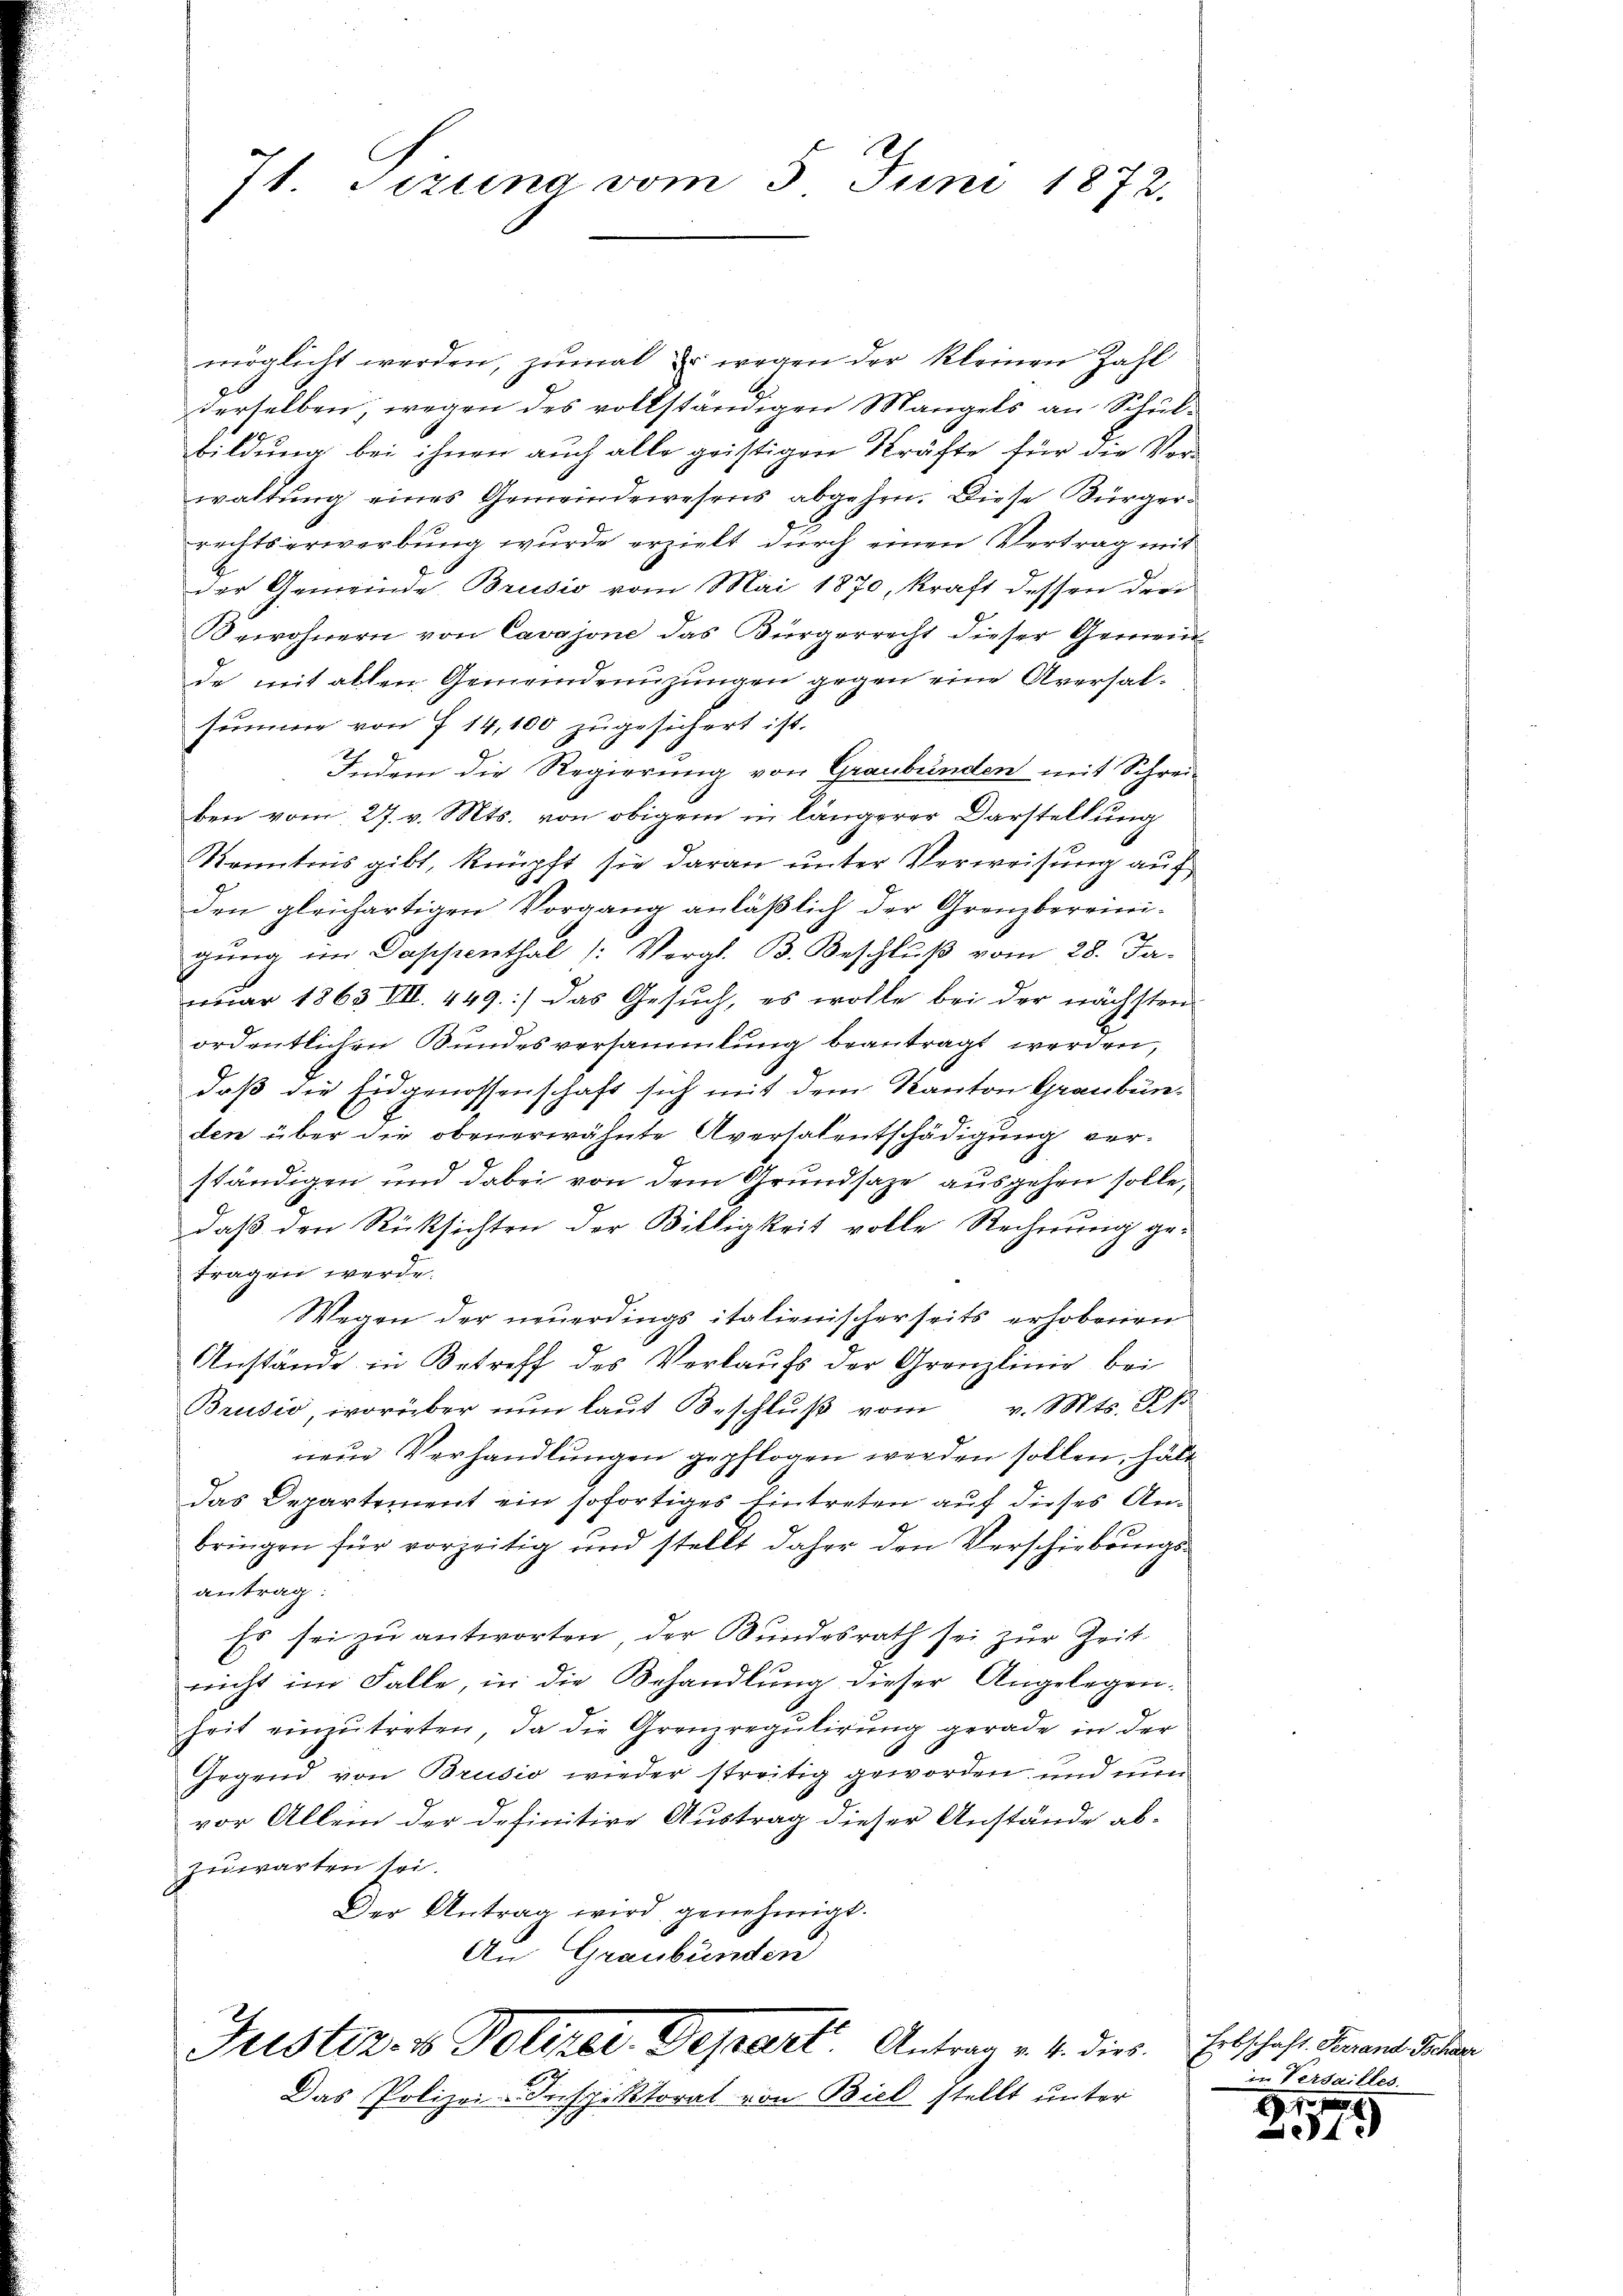
71. Sizung vom 3. Juni 1872.

möglicht werden, zumal er wegen der kleinen Zahl
derselben wegen des vollständigen Mangels an Schulbildung bei ihnen auch alle geistigen Kräfte für die Vorwaltung eines Gemeindewesens abgehen. Diese Bürgerrechtserwerbung wurde erzielt durch einen Vertrag mit
der Gemeinde Brusio vom Mai 1870, kraft dessen drei
Orwohnern von Cavajone das Bürgerrecht dieser Gemeinde mit allen Gemeindenüzungen gegen eine Aversal-
summe von 7 14,100 zugesichert ist.
Indem die Regierung von Graubünden mit Schreiben vom 27. v. Mts. von obigem in längerer Darstellung
Kenntnis gibt, knüpft sie daran unter Verweisung auf
den gleichartigen Vorgang anläßlich der Grenzbereinigung im Dappenthal (: Vergl. B. Beschluß vom 28. Ja.
nuar 1863 III. 449.] das Gesuch, es wolle bei der nächsten
ordentlichen Bundesversammlung beantragt werden,
daß die Eidgenossenschaft sich mit dem Kanton Graubünden über die obenerwähnte Aversalentschädigung verständigen und dabei von dem Grundsaze ausgehen solle,
daß den Rücksichten der Billigkeit volle Rechnung getragen werde.
Wegen der neuerdings italienischerseits erhobenen
Anstände in Betreff des Verkaufs der Grenzlinie bei
Brusio, worüber nun laut Beschlŭβ vom v. Mts. K
neŭe Verhandlŭngen gepflogen werden sollen, hätt
das Departement ein sofortiges Eintreten auf dieses An-
bringen für vorzeitig und stellt daher den Verschiebungsantrag:
Es sei zŭ antworten der Bundesrath sei zŭr Zeit-
nicht im Falle, in die Behandlung dieser Angelegenheit einzŭtreten, da die Grenzregulirung gerade in der
Irgend von Brusio wieder streitig geworden, und nun
vor Allein der definitive Austrag dieser Anstände ab-
zuwarten sei.
Der Antrag wird genehmigt.
An Graubünden

Justiz- & Poliker. Depart Antrag v. 4. dies
Das Polizei-Inspektorat von Biel stellt unter

Erbschaft. Ferrand Ischa
in Versailles.

9

18
342